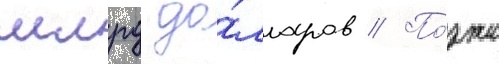
млрд до́лларов // По́зже